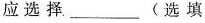
应选择___(选填